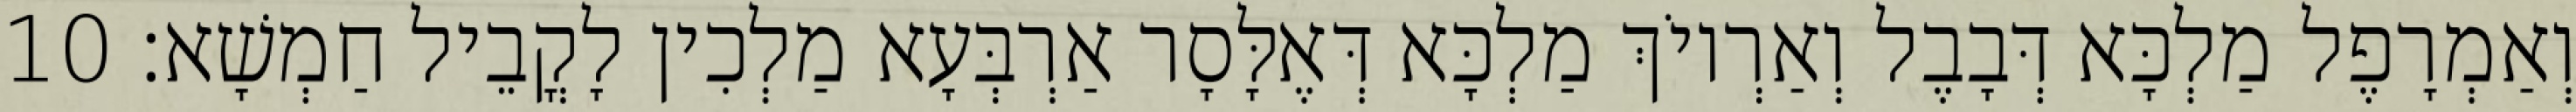
וְאַמְרָפֶל מַלְכָּא דְּבָבֶל וְאַרְיוֹךְ מַלְכָּא דְּאֶלָּסָר אַרְבְּעָא מַלְכִין לָקֳבֵיל חַמְשָׁא׃ 10